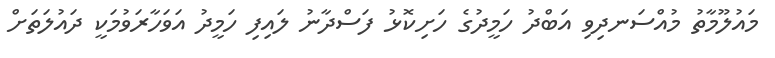
މައުލޫމާތު މުއްސަނދިވި އަބްދު ހަމީދުގެ ހަށިކޮޅު ފަސްދާނު ލައިފި ހަމީދު އަވަހާރަވުމަކީ ދައުލަތަށް